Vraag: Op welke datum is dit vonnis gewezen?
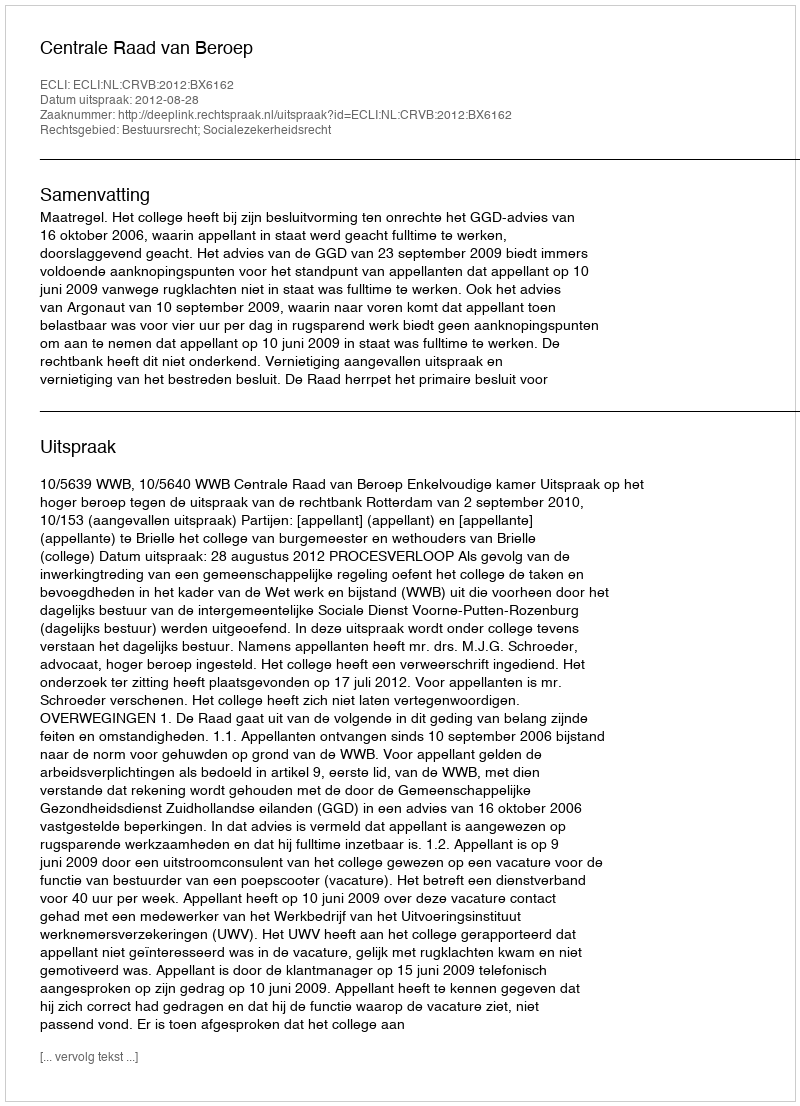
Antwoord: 2012-08-28